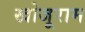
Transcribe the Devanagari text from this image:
खोजूराम